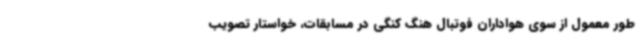
طور معمول از سوی هواداران فوتبال هنگ کنگی در مسابقات، خواستار تصویب